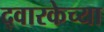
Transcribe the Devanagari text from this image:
द्वारकेच्या